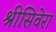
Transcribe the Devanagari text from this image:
श्रीसिवेरा